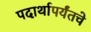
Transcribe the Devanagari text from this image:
पदार्थापर्यंतचे